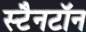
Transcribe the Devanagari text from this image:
स्टैनटॉन